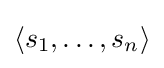
\langle s_{1},\ldots ,s_{n}\rangle